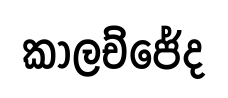
කාලච්ජේද